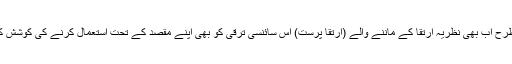
ہمیشہ کی طرح اب بھی نظریہ ارتقا کے ماننے والے (ارتقا پرست) اس سائنسی ترقی کو بھی اپنے مقصد کے تحت استعمال کرنے کی کوشش کررہے ہیں۔